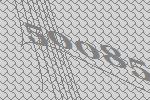
50085